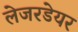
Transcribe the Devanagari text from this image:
लेजरडेयर